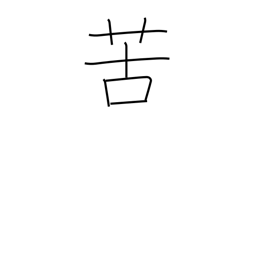
Meaning: feel bitter